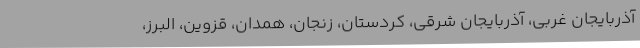
آذربایجان غربی، آذربایجان شرقی، کردستان، زنجان، همدان، قزوین، البرز،